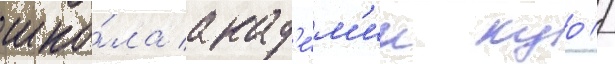
шко́ла акад'е́м'ии куо //